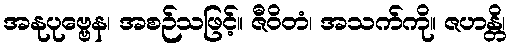
အနုပုဗ္ဗေန၊ အစဉ်သဖြင့်။ ဇီဝိတံ၊ အသက်ကို။ ဇဟန္တိ၊